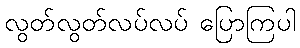
လွတ်လွတ်လပ်လပ် ပြောကြပါ